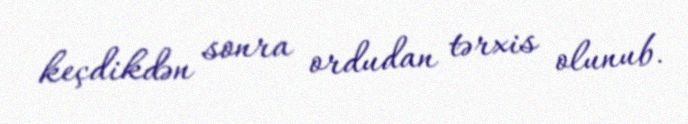
keçdikdən sonra ordudan tərxis olunub.